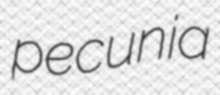
pecunia